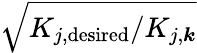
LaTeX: \sqrt{K_{j,\mathrm{desired}}/K_{j,\boldsymbol{k}}}